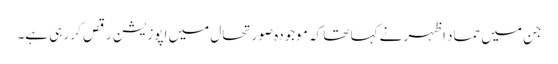
جن میں حماد اظہر نے کہا تھا کہ موجودہ صورتحال میں اپوزیشن رقص کر رہی ہے۔